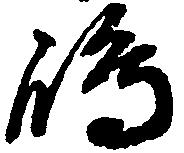
嶋